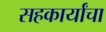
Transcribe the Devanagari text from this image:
सहकार्यांचा